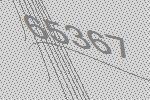
65367